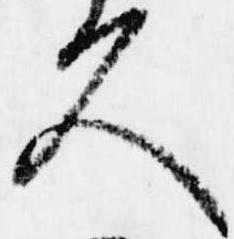
久